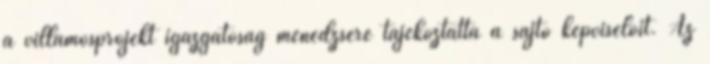
a villamosprojekt igazgatóság menedzsere tájékoztatta a sajtó képviselőit. Az